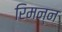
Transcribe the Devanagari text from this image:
रिमन्न